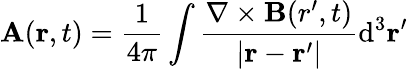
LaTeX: \mathbf{A}(\mathbf{r},t)={\frac{1}{4\pi}}\int{\frac{\nabla\times\mathbf{B}({r}^{\prime},t)}{|\mathbf{r}-\mathbf{r}^{\prime}|}}\mathrm{d}^{3}\mathbf{r}^{\prime}